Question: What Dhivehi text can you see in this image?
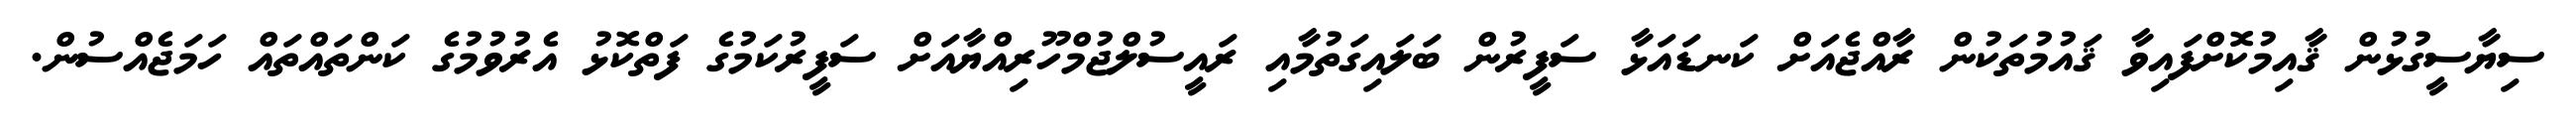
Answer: ސިޔާސީގުޅުން ޤާއިމުކޮށްފައިވާ ޤައުމުތަކުން ރާއްޖެއަށް ކަނޑައަޅާ ސަފީރުން ބަލައިގަތުމާއި ރައީސުލްޖުމްހޫރިއްޔާއަށް ސަފީރުކަމުގެ ފަތްކޮޅު އެރުވުމުގެ ކަންތައްތައް ހަމަޖެއްސުން.